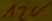
Text: 12V